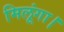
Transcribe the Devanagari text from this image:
मिलूंगा।